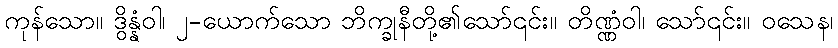
ကုန်သော။ ဒွိန္နံဝါ၊ ၂-ယောက်သော ဘိက္ခုနီတို့၏သော်၎င်း။ တိဏ္ဏံဝါ၊ သော်၎င်း။ ဝသေန၊